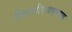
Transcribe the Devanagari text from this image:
लिएबीएसएनएल